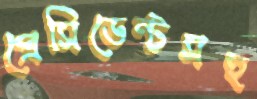
প্রেসিডেন্টসহ